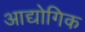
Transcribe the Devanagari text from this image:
आद्योगिक